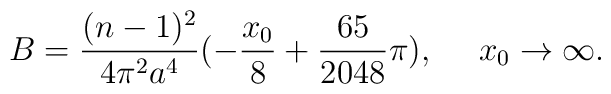
B=\frac{(n-1)^2}{4 \pi^2 a^4}(-\frac{x_0}{8}+\frac{65}{2048}\pi),~~~~x_0\rightarrow \infty.